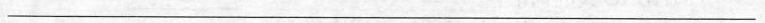
_____________________